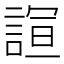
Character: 𮘙